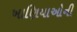
ખાણિયાઓની